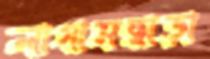
লাগামছাড়া